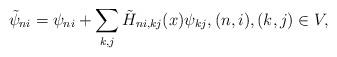
LaTeX: \begin{gather*}\tilde \psi_{ni} = \psi_{ni} + \sum_{k, j} \tilde H_{ni, kj}(x)\psi_{kj}, (n, i), (k, j) \in V,\end{gather*}